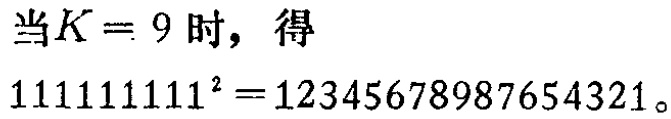
当\(K = 9\)时，得

\(111111111^{2}=12345678987654321\)。